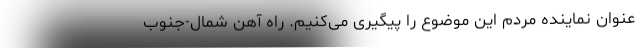
عنوان نماینده‌ مردم این موضوع را پیگیری می‌کنیم. راه آهن شمال-جنوب